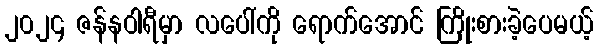
၂၀၂၄ ဇန်နဝါရီမှာ လပေါ်ကို ရောက်အောင် ကြိုးစားခဲ့ပေမယ့်